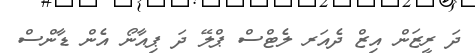
ދަ ރީޒަން އިޒް ދެއަރ ލެޓްސް ޕްލޭ ދަ ޕިއާނޯ އެން ޑާންސް